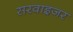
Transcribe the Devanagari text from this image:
सरवाइजर